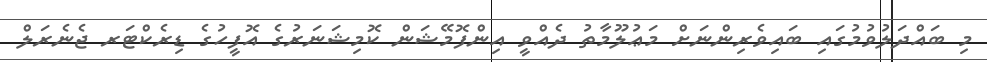
މި ބައްދަލުވުމުގައި ބައިވެރިންނަށް މަޢުލޫމާތު ދެއްވީ އިންފޮމޭޝަން ކޮމިޝަނަރުގެ އޮފީހުގެ ޑިރެކްޓަރ ޖެނެރަލް